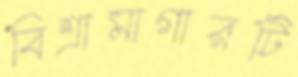
বিশ্রামাগারটি